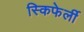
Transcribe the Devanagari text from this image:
स्किफेर्ली